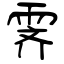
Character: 霁